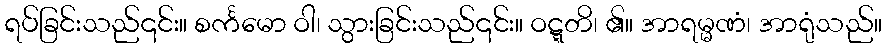
ရပ်ခြင်းသည်၎င်း။ စင်္ကမော ဝါ၊ သွားခြင်းသည်၎င်း။ ဝဋ္ဋတိ၊ ၏။ အာရမ္မဏံ၊ အာရုံသည်။